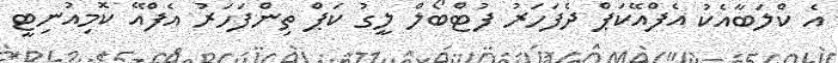
އެ ކްލަބާއެކު އެފްއޭކަޕް ދެފަހަރު ފުޓްބޯލް ލީގު ކަޕް ތިންފަހަރު އެފްއޭ ކޮމިއުނިޓީ